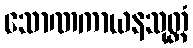
သောဏကာယနသုတ္တံ